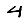
Digit: 4